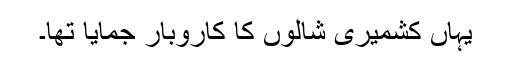
یہاں کشمیری شالوں کا کاروبار جمایا تھا۔